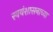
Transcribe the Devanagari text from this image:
स्वयंशासनाच्या